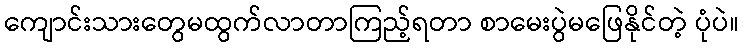
ကျောင်းသားတွေမထွက်လာတာကြည့်ရတာ စာမေးပွဲမဖြေနိုင်တဲ့ ပုံပဲ။